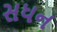
સધન